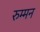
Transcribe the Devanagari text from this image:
रुम्मन